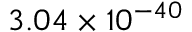
3 . 0 4 \times 1 0 ^ { - 4 0 }